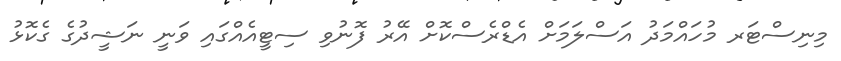
މިނިސްޓަރ މުހައްމަދު އަސްލަމަށް އެޑްރެސްކޮށް އޭރު ފޮނުވި ސިޓީއެއްގައި ވަނީ ނަޝީދުގެ ގެކޮޅު